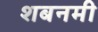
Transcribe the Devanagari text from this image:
शबनमी